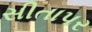
સીતાપર